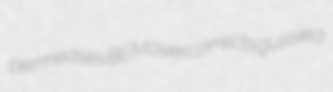
permeases BEM overcorrects gussied